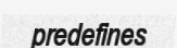
predefines